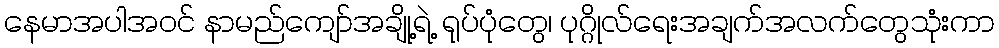
နေမာအပါအဝင် နာမည်ကျော်အချို့ရဲ့ ရုပ်ပုံတွေ၊ ပုဂ္ဂိုလ်ရေးအချက်အလက်တွေသုံးကာ